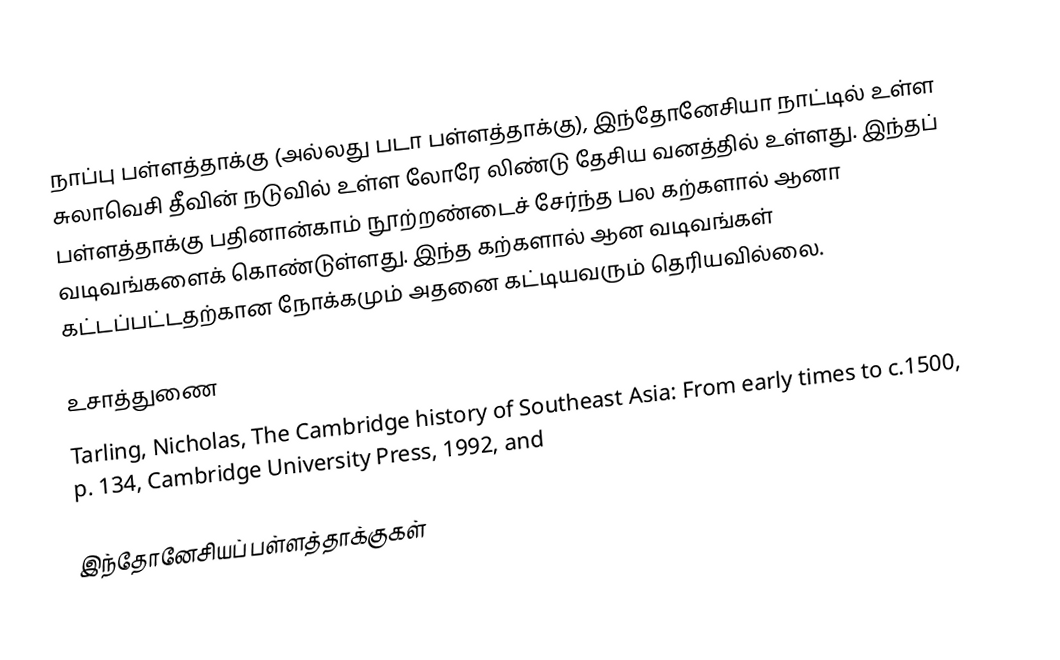
நாப்பு பள்ளத்தாக்கு (அல்லது படா பள்ளத்தாக்கு), இந்தோனேசியா நாட்டில் உள்ள சுலாவெசி தீவின் நடுவில் உள்ள லோரே லிண்டு தேசிய வனத்தில் உள்ளது. இந்தப் பள்ளத்தாக்கு பதினான்காம் நூற்றண்டைச்  சேர்ந்த பல கற்களால் ஆனா வடிவங்களைக் கொண்டுள்ளது. இந்த கற்களால் ஆன வடிவங்கள் கட்டப்பட்டதற்கான நோக்கமும் அதனை கட்டியவரும் தெரியவில்லை.

உசாத்துணை
Tarling, Nicholas, The Cambridge history of Southeast Asia: From early times to c.1500, p. 134, Cambridge University Press, 1992,  and

இந்தோனேசியப் பள்ளத்தாக்குகள்